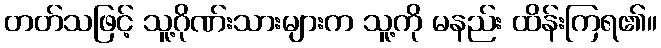
တတ်သဖြင့် သူ့ဂိုဏ်းသားများက သူ့ကို မနည်း ထိန်းကြရ၏။